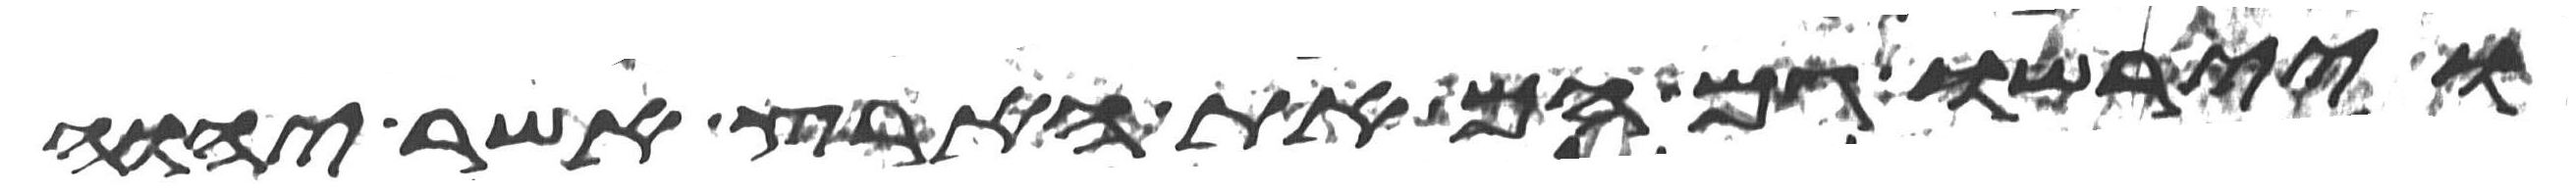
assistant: ויירשו גם הם את הארץ אשר יהוה